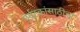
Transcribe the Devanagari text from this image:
पर्यटकांसाठीचा